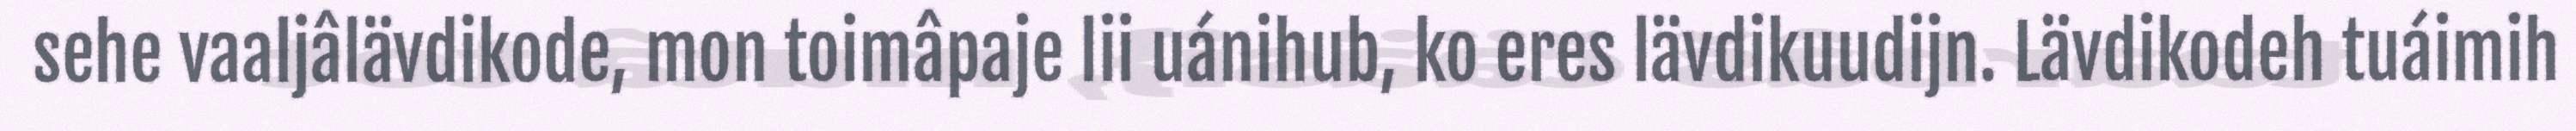
sehe vaaljâlävdikode, mon toimâpaje lii uánihub, ko eres lävdikuudijn. Lävdikodeh tuáimih